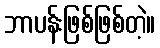
ဘာပန်းဖြစ်ဖြစ်တဲ့။